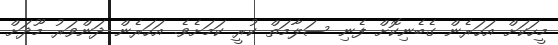
މީހަކަށް އަހަރެން ގެބެނިކޮށް ފެނި ސަލާމަތް ކުރީ ކަމަށެވެ. އަހަރެން ދަންވަރު މޫދަށް